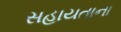
સહાયતાના